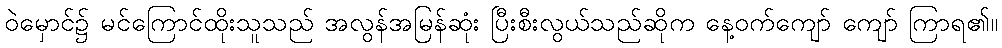
ဝဲမှောင်၌ မင်ကြောင်ထိုးသူသည် အလွန်အမြန်ဆုံး ပြီးစီးလွယ်သည်ဆိုက နေ့ဝက်ကျော် ကျော် ကြာရ၏။